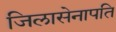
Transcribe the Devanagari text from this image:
जिलासेनापति